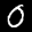
Label: 0